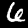
Label: 6